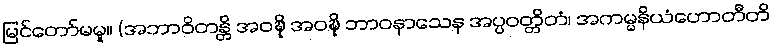
မြင်တော်မမူ။ (အဘာဝိတန္တိ အဝဍ္ဎိ အဝဍ္ဎိ ဘာဝနာသေန အပ္ပဝတ္တိတံ၊ အကမ္မနိယံဟောတီတိ